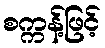
စက္ကန့်ဖြင့်